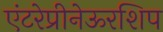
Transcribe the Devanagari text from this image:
एंटरेप्रीनेऊरशिप